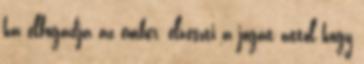
ha elfogadja az ember, elveszti a jogát attól hogy